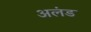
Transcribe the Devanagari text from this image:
अलंड